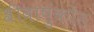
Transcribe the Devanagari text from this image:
श्रीवाष़ुंकोड